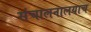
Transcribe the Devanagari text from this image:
संचालनालयाच